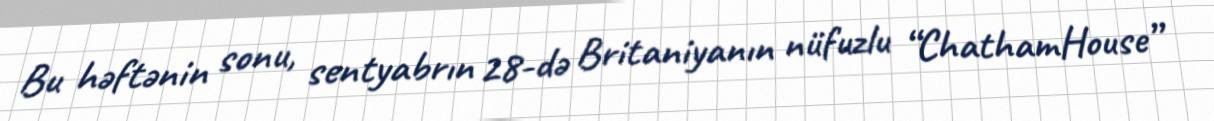
Bu həftənin sonu, sentyabrın 28-də Britaniyanın nüfuzlu “ChathamHouse”